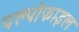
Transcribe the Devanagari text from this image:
पल्पोफाइल